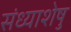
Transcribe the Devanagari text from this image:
संध्याशेषु